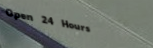
Open 24 Hours